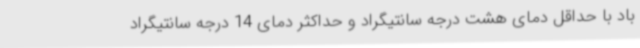
باد با حداقل دمای هشت درجه سانتیگراد و حداکثر دمای 14 درجه سانتیگراد